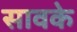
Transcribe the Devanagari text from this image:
सावके